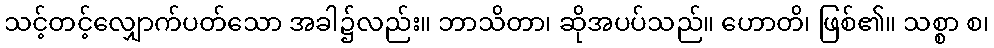
သင့်တင့်လျှောက်ပတ်သော အခါ၌လည်း။ ဘာသိတာ၊ ဆိုအပပ်သည်။ ဟောတိ၊ ဖြစ်၏။ သစ္စာ စ၊